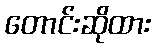
တောင်းဆိုထား